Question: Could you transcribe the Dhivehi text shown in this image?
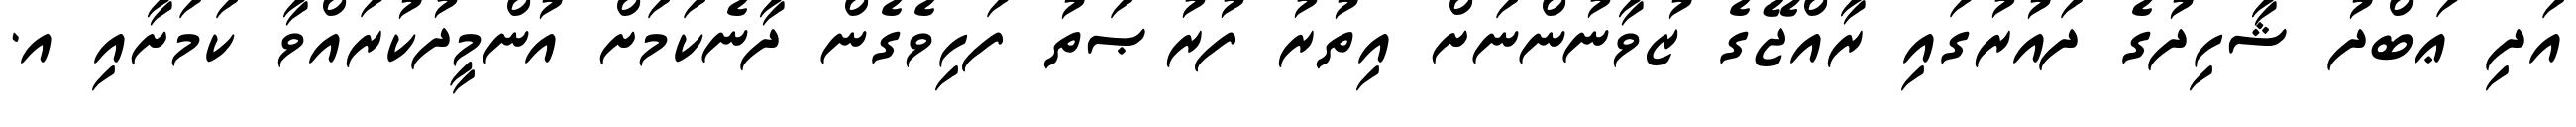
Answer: އަދި ޢަބްދު ޝާހިދުގެ ދައުރުގައި ރާއްޖޭގެ ޒުވާނުންނަށް އިތުރު ފުރުޞަތު ފަހިވެގެން ދާނެކަމަށް އުންމީދުކުރައްވާ ކަމަށާއި އ.